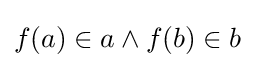
f(a)\in a\land f(b)\in b